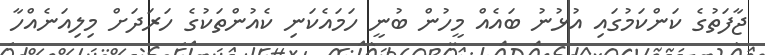
ޖާފަތުގެ ކަންކަމުގައި އުޅުނު ބައެއް މީހުން ބުނީ ހަމައެކަނި ކެއުންތަކުގެ ހަރަދަށް މިލިއަނެއްހާ